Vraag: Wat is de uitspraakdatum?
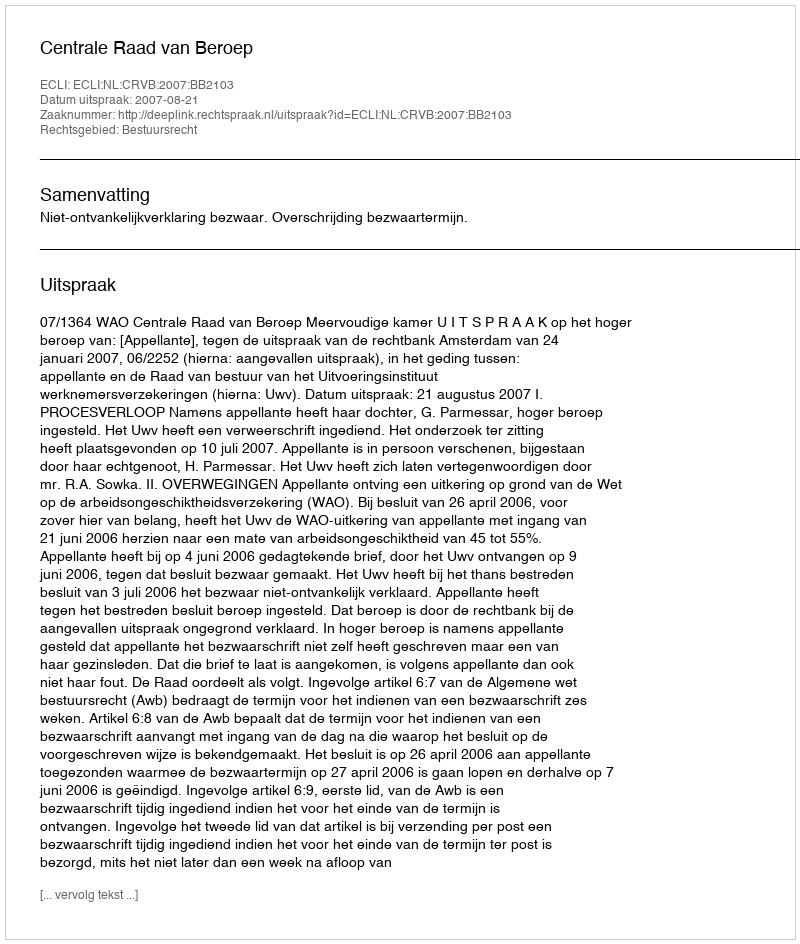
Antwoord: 2007-08-21